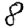
Digit: 8